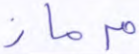
مرماز